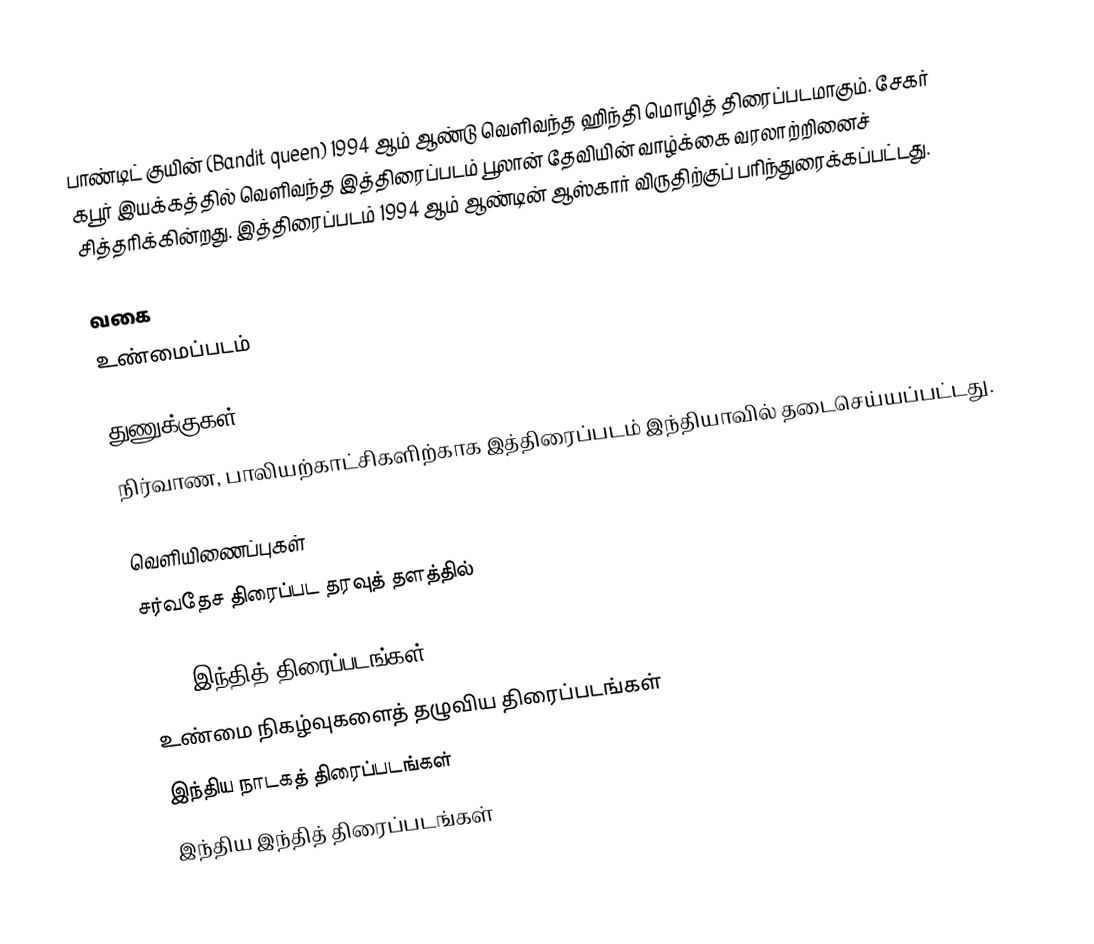
பாண்டிட் குயின் (Bandit queen) 1994 ஆம் ஆண்டு வெளிவந்த ஹிந்தி மொழித் திரைப்படமாகும். சேகர் கபூர் இயக்கத்தில் வெளிவந்த இத்திரைப்படம் பூலான் தேவியின் வாழ்க்கை வரலாற்றினைச் சித்தரிக்கின்றது. இத்திரைப்படம் 1994 ஆம் ஆண்டின் ஆஸ்கார் விருதிற்குப் பரிந்துரைக்கப்பட்டது.

வகை
உண்மைப்படம்

துணுக்குகள்
நிர்வாண, பாலியற்காட்சிகளிற்காக இத்திரைப்படம் இந்தியாவில் தடைசெய்யப்பட்டது.

வெளியிணைப்புகள்
சர்வதேச திரைப்பட தரவுத் தளத்தில்

1994 இந்தித் திரைப்படங்கள்
உண்மை நிகழ்வுகளைத் தழுவிய திரைப்படங்கள்
இந்திய நாடகத் திரைப்படங்கள்
இந்திய இந்தித் திரைப்படங்கள்